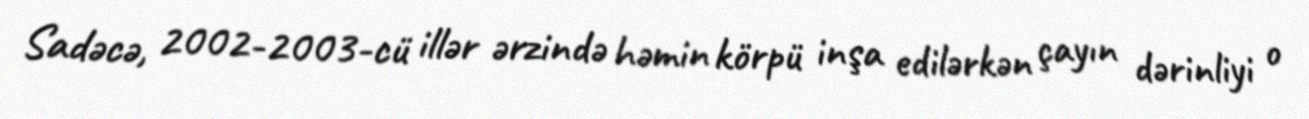
Sadəcə, 2002-2003-cü illər ərzində həmin körpü inşa edilərkən çayın dərinliyi o